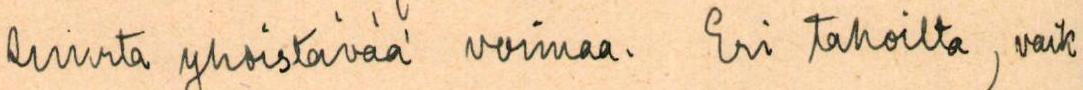
suurta yhdistävää voimaa. Eri tahoilta, vaik